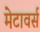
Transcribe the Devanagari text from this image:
मेटावर्स